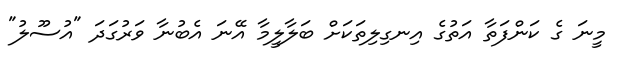
މީނަ ގެ ކަންފަތާ އަތުގެ އިނގިލިތަކަށް ބަލާލީމާ އޭނަ އެބުނާ ވަރުގަދަ "އުސޫލު"